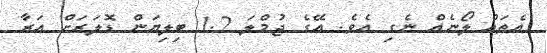
އެތައް ލޯނެއް ނެގި އެވެ. އޭގެ ޖުމްލަ 1.2 ބިލިޔަން ޑޮލަރަށް އަރާ